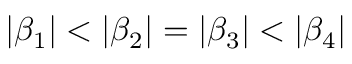
\left| \beta _ { 1 } \right| < \left| \beta _ { 2 } \right| = \left| \beta _ { 3 } \right| < \left| \beta _ { 4 } \right|